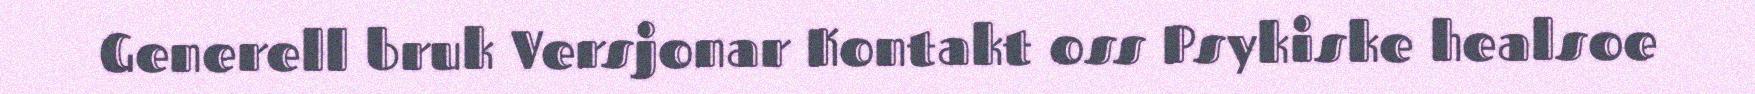
Generell bruk Versjonar Kontakt oss Psykiske healsoe